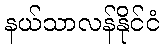
နယ်သာလန်နိုင်ငံ